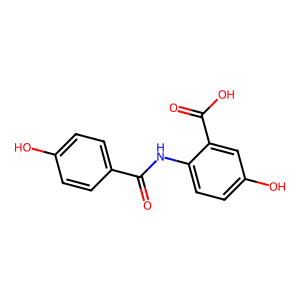
SMILES: O=C(Nc1ccc(O)cc1C(=O)O)c1ccc(O)cc1
Inhibits HIV replication: No